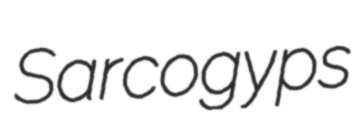
Sarcogyps